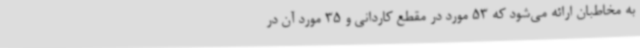
به مخاطبان ارائه می‌شود که 53 مورد در مقطع کاردانی و 35 مورد آن در